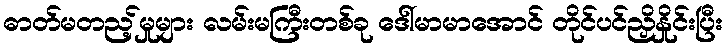
ဓာတ်မတည့်မှုများ လမ်းမကြီးတစ်ခု ဒေါ်မာမာအောင် တိုင်ပင်ညှိနှိုင်းပြီး